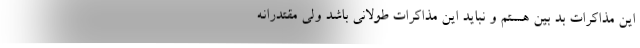
این مذاکرات بد بین هستم و نباید این مذاکرات طولانی باشد ولی مقتدرانه